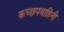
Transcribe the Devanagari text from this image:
कच्छपवाहिनी